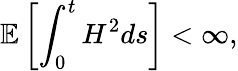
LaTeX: \mathbb{E}\left[\int_{0}^{t}H^{2}ds\right]<\infty,